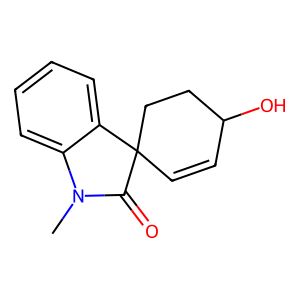
SMILES: CN1C(=O)C2(C=CC(O)CC2)c2ccccc21
Inhibits HIV replication: No